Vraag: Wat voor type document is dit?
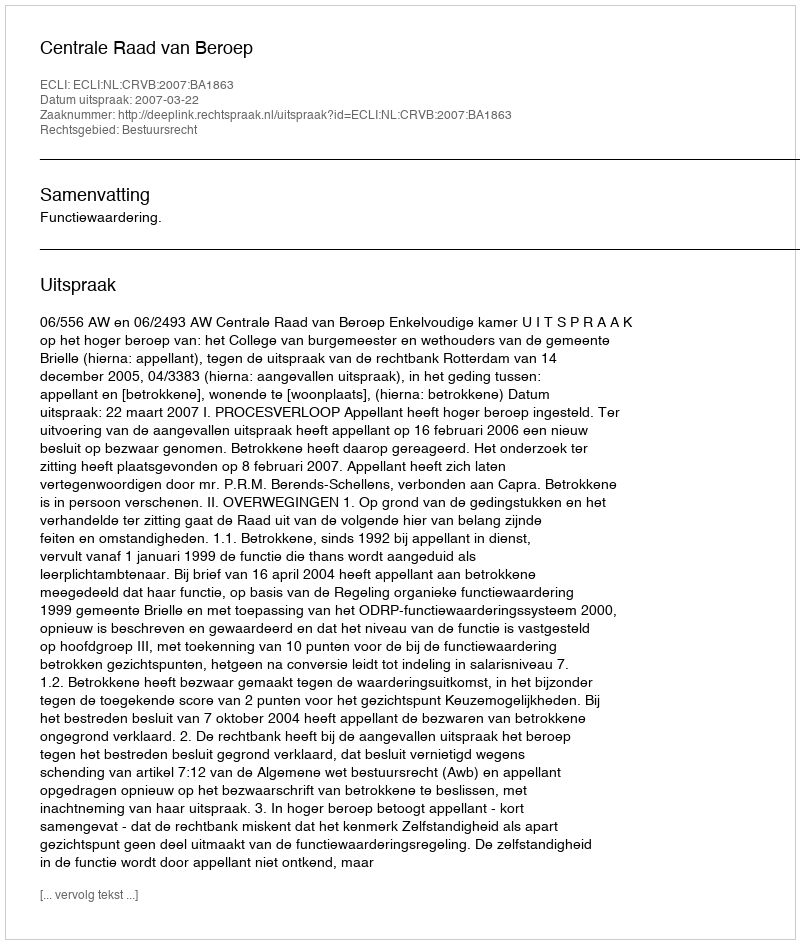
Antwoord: Uitspraak